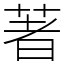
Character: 著